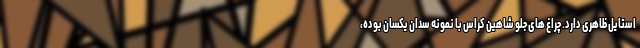
استایل ظاهری دارد. چراغ های جلو شاهین کراس با نمونه سدان یکسان بوده،